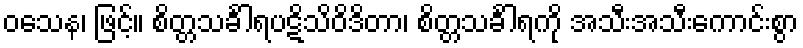
ဝသေန၊ ဖြင့်။ စိတ္တသင်္ခါရပဋိသိဝိဒိတာ၊ စိတ္တသင်္ခါရကို အသီးအသီးကောင်းစွာ